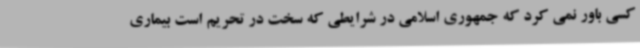
کسی باور نمی کرد که جمهوری اسلامی در شرایطی که سخت در تحریم است بیماری